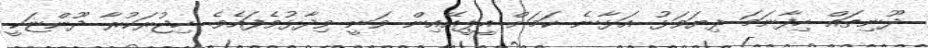
ދޫނިތައް ހިފާނަމަ ފިޔަވަޅު އަޅާނެ ކަމަށް އީޕީއޭއިން ވަނީ ވިދާޅުވެފައެވެ. ހިޖުރަކުރާ ދޫންޏަކީ